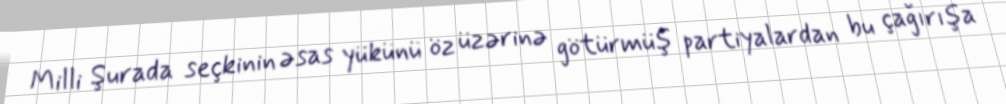
Milli Şurada seçkinin əsas yükünü öz üzərinə götürmüş partiyalardan bu çağırışa